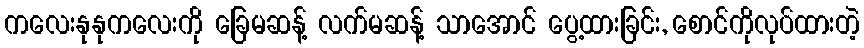
ကလေးနုနုကလေးကို ခြေမဆန့် လက်မဆန့် သာအောင် ပွေ့ထားခြင်း, စောင်ကိုလုပ်ထားတဲ့